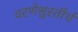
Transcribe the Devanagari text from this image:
वरणेश्वरतीर्थ